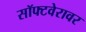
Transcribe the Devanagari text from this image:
सॉफ्टवेरावर